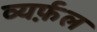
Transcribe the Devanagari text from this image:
व्यर्फ़ल